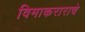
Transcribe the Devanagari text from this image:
विमाकराराचे